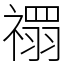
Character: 禤